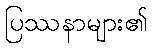
ပြဿနာများ၏